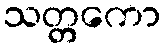
သတ္တကော